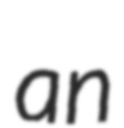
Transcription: an